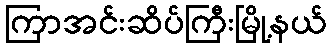
ကြာအင်းဆိပ်ကြီးမြို့နယ်